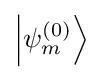
\left|\psi _{m}^{(0)}\right\rangle